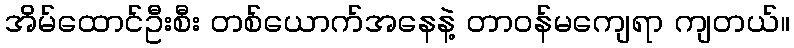
အိမ်ထောင်ဦးစီး တစ်ယောက်အနေနဲ့ တာဝန်မကျေရာ ကျတယ်။